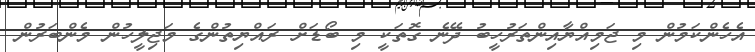
އެހެންކަމުން މި ޖަމިއްޔާއިންތަރުހީބު ދޭނެ ގޮތަކީ މި ބޯޑަށް ރައްޔިތުންގެ މަޖިލީހުން މެންބަރުން